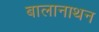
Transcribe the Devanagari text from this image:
बालानाथन